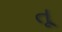
તૂ